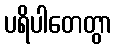
ပရိပါတေတွာ